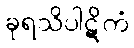
ခုရသိပါဋိကံ